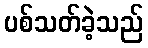
ပစ်သတ်ခဲ့သည်